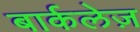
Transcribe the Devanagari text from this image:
बार्कलेज़